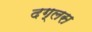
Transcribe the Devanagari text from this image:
दग्लस